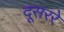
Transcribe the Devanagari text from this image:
दूसररे